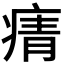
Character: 𭼓